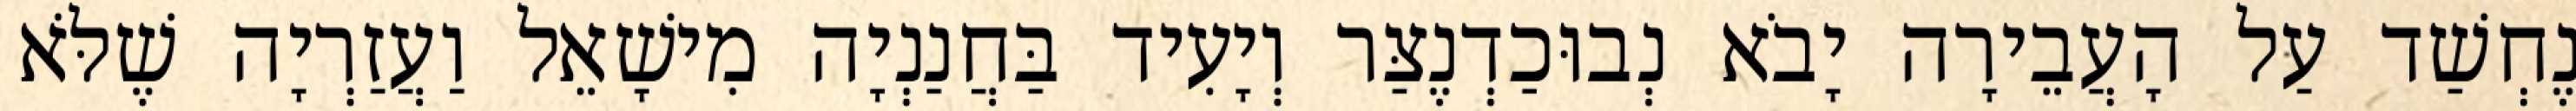
נֶחְשַׁד עַל הָעֲבֵירָה יָבֹא נְבוּכַדְנֶצַּר וְיָעִיד בַּחֲנַנְיָה מִישָׁאֵל וַעֲזַרְיָה שֶׁלֹּא